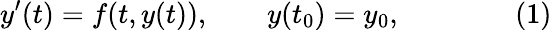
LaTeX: y^{\prime}(t)=f(t,y(t)),\qquad y(t_{0})=y_{0},\qquad\qquad(1)